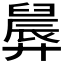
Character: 𪪸